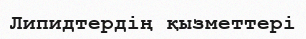
Липидтердің қызметтері